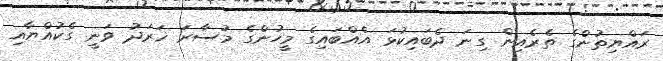
ރައްޔިތުންގެ ތެރެއިން ގިނަ ދެބައިކުޅަ އެއްބައިގެ މީހުންގެ މުސާރަ ޚަރަދު ވަނީ ގެކުއްޔާއި